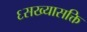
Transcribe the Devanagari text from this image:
६सख्यासक्ति